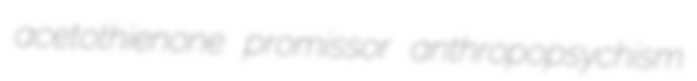
acetothienone promissor anthropopsychism